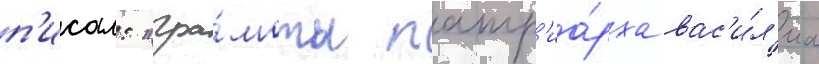
п'исал: "гра́моты патр'иа́рха вас'и́л'иа